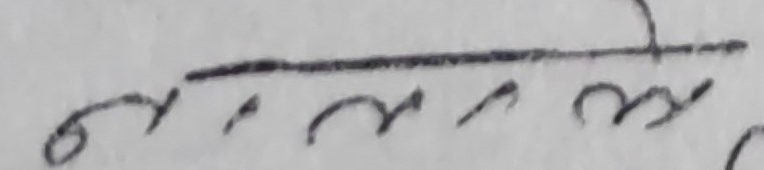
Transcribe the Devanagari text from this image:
गर्नेमा